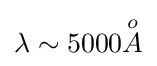
\lambda \sim 5000{\overset {o}{A}}